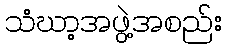
သံဃာ့အဖွဲ့အစည်း